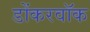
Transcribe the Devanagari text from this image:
डोंकरवॉक